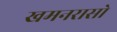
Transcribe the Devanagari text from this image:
खमनरासो